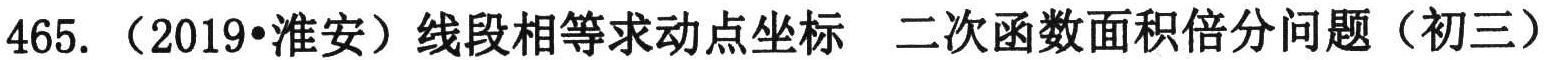
465. （2019•淮安）线段相等求动点坐标  二次函数面积倍分问题（初三）